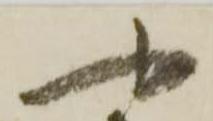
や